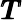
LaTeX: \pmb{T}